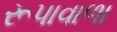
રૂપાવાળા